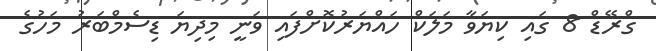
ގްރޭޑް 8 ގައި ކިޔަވާ މަލަކް ހައްޔަރުކޮށްފައި ވަނީ މިދިޔަ ޑިސެމްބަރު މަހުގެ